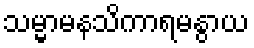
သမ္မာမနသိကာရမနွာယ